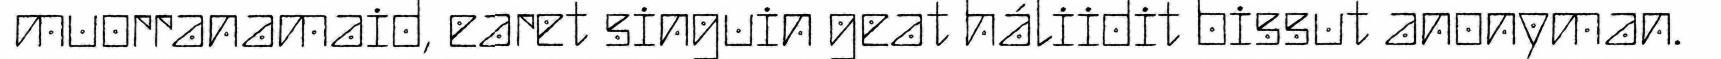
muorranamaid, earet singuin geat háliidit bissut anonyman.